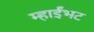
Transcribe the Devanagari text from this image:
म्हाईंभट